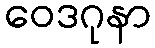
ဝေဒဂုနာ